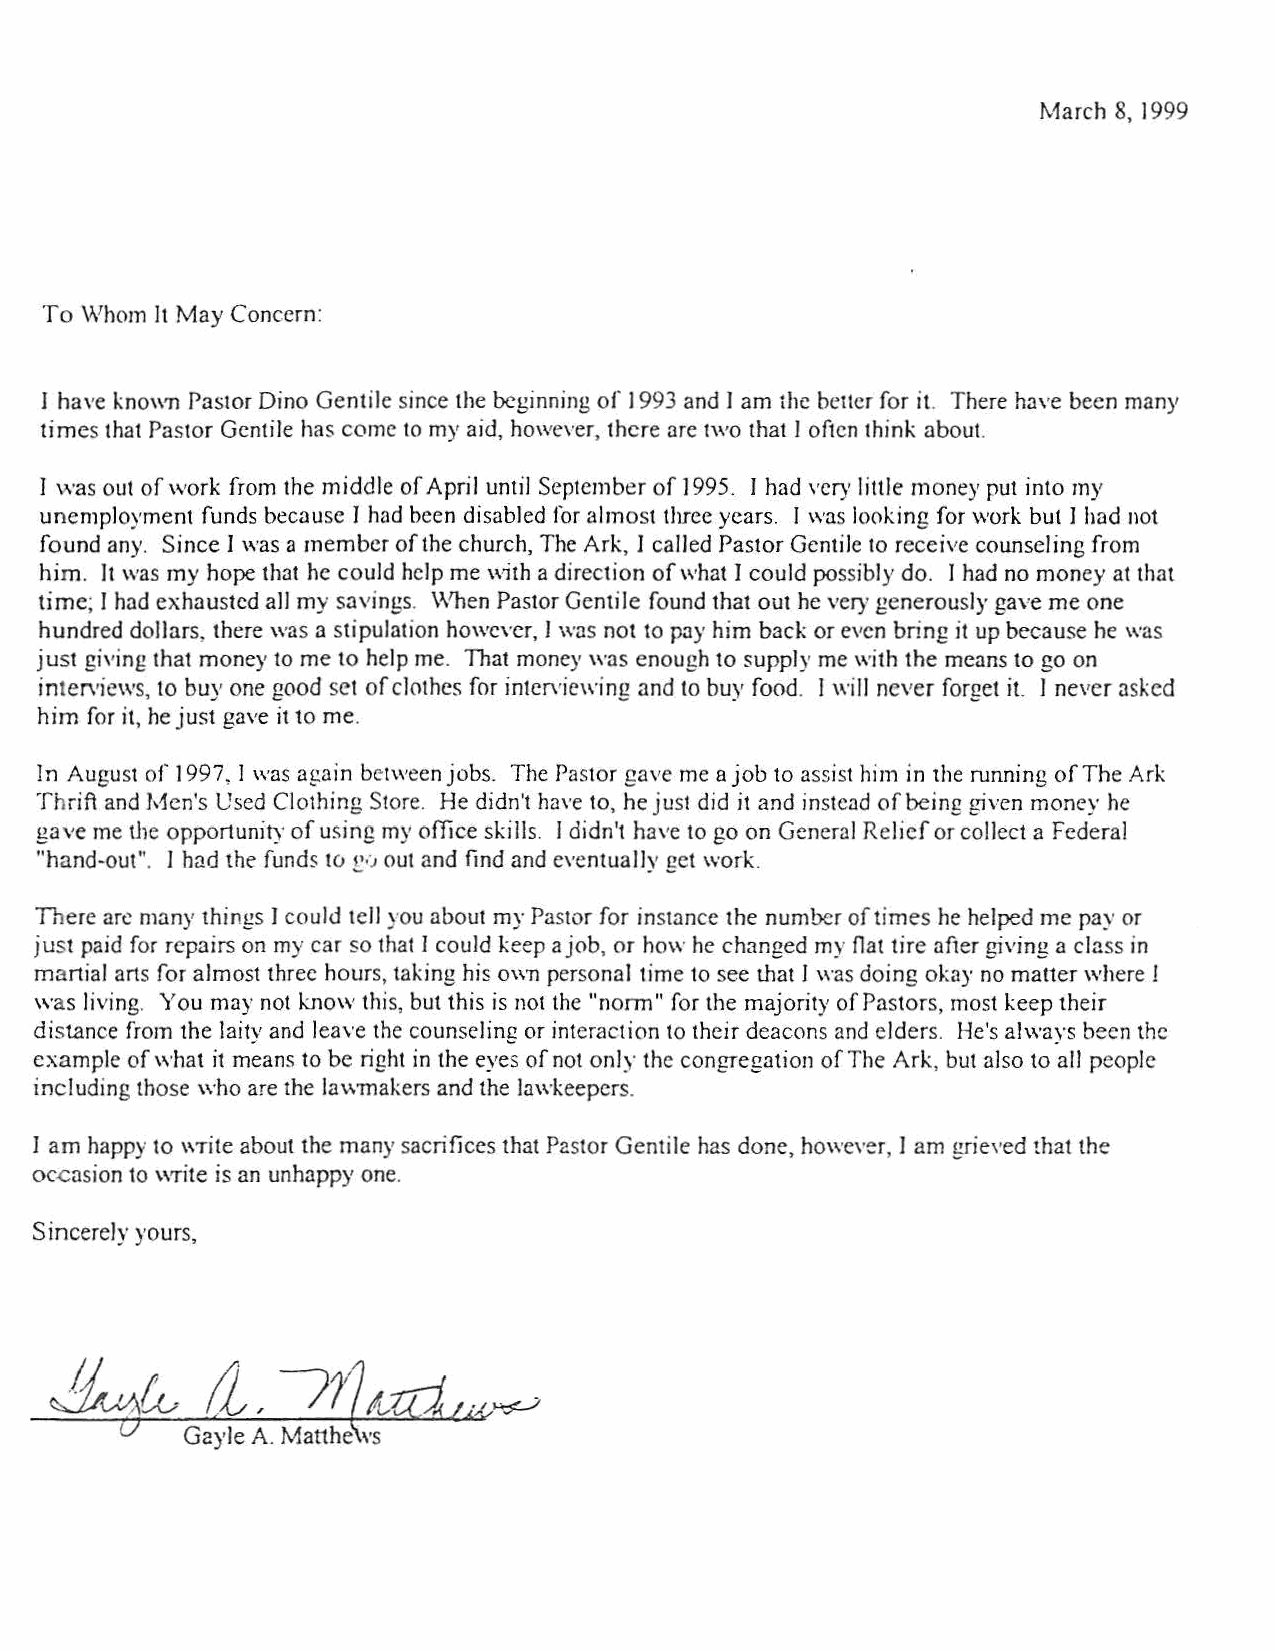
March 8, 1999
 To Whom It May Concern:
 J have known Pastor Dino Gentile since the beginning of J 993 and I am ihc better for it. There have been many
 times that Pastor Gentile has come to my aid, however, there are two that I often think about.
 I was out of '"'ork from the middle of April until September of I 995. I had very little money put into my
 unemployment funds because I had been disabled for almost three years. I was looking for work but I had not
 found any. Since I was a member of the church, The Ark, I called Pastor Gentile to receive counseling from
 him. It was my hope that he could help me with a direction of what I could possibly do. I had no money at that
 time; I had exhausted all my savings. \Vhen Pastor Gentile found that out he very generously gave me one
 hundred dollars, there was a stipulation however, I was not to pay him back or even bring it up because he was
 just giving that money to me to help me. That money was enough to supply me with the means to go on
 interviews, to buy one good set of clothes for intcrvic\\'ing and to buy food. I will never forget it. I never asked
 him for it, he just gave it to me.
 ln August of 1997, I was again between jobs. The Pastor gave me a job to assist him in the running ofThe Ark
 Thrift and Men's Used Clothing Store. He didn't have to, he just did it and instead of being given money he
 gave me the opponunity of using my office skills. I didn't have to go on General Relief or collect a Federal
 "hand-out". 1 had the fund~ to~·'; out and find and eventually get \Vork.
 There arc many things I could tell you about my Pastor for instance the number of times he helped me pay or
 just paid for repairs on my car so that I could keep a job, or how he changed my Oat tire after giving a class in
 mania! arts for almost three hours, taking his own personal time to see that J was doing okay no matter where 1
 was living. You may not know this, but this is not the "nonn" for the majority of Pastors, most keep their
 distance from the laity and leave the counseling or interaction to their deacons and elders. He's alv.:ays been the
 example of what it means to be right in the eyes of not only the congregation of The Ark, but also to all people
 including those who are the la\-vmakers and the lawkeepcrs.
 I am happy to \\Tite about the many sacrifices that P<!stor Gentile has done, howe,·er, I am grieved that the
 occasion to write is an unhappy one.
 Sincerely yours,
 ;z_
 ~ev             71~~-rn~
 V   Gayle A. Matthe vs